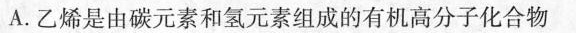
A.乙烯是由碳元素和氢元素组成的有机高分子化合物